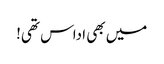
میں بھی اداس تھی!